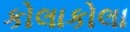
કોલાકોલા